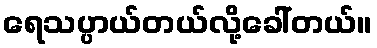
ရေသပ္ပာယ်တယ်လို့ခေါ်တယ်။